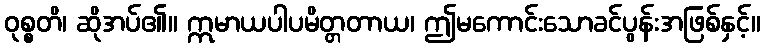
ဝုစ္စတိ၊ ဆိုအပ်၏။ ဣမာယပါပမိတ္တတာယ၊ ဤမကောင်းသောခင်ပွန်းအဖြစ်နှင့်။